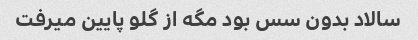
سالاد بدون سس بود مگه از گلو پایین میرفت